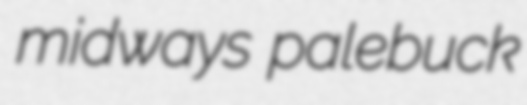
midways palebuck